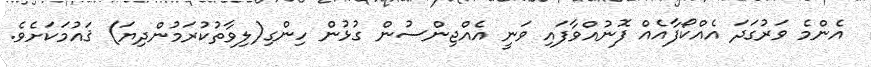
އެންމެ ވަރުގަދަ އެއްކޯފާއެއް ފޮނުއްވާފައި ވަނީ އެއްޖިންސުން ގުޅުން ހިންގި(ލިވާތުކުރަމުންދިޔަ) ޤައުމަކަށެވެ.